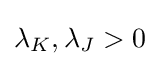
\lambda _{K},\lambda _{J}>0